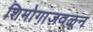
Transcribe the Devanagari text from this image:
शिमोगाजवळून